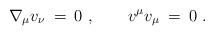
LaTeX: \begin{align*}\nabla_\mu v_\nu \: = \: 0\ ,\ \ \ \ \ \ v^\mu v_\mu \: = \: 0\ .\end{align*}